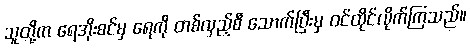
သူတို့က ရေအိုးစင်မှ ရေကို တစ်လှည့်စီ သောက်ပြီးမှ ဝင်ထိုင်လိုက်ကြသည်။